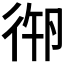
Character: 𢓷